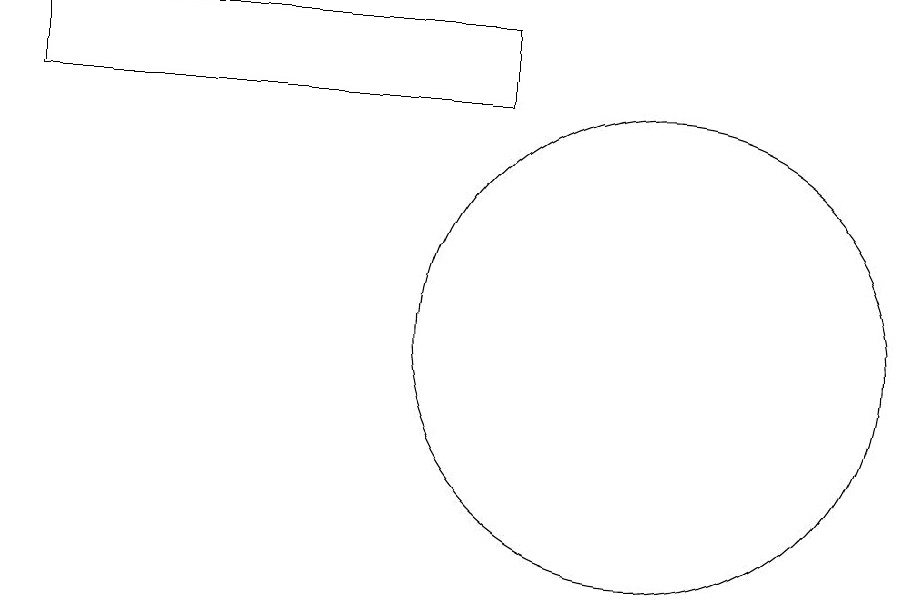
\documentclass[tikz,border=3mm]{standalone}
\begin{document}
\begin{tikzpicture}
\draw (2,15) rectangle (8,16);
\draw (10,12) circle (0);
\draw (10,12) circle (3);
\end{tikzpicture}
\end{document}